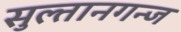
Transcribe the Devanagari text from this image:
सुल्तानगन्ज